65_HS1-834228961_62-HQ-83894_Section_4
Agency: FBI
Page 159
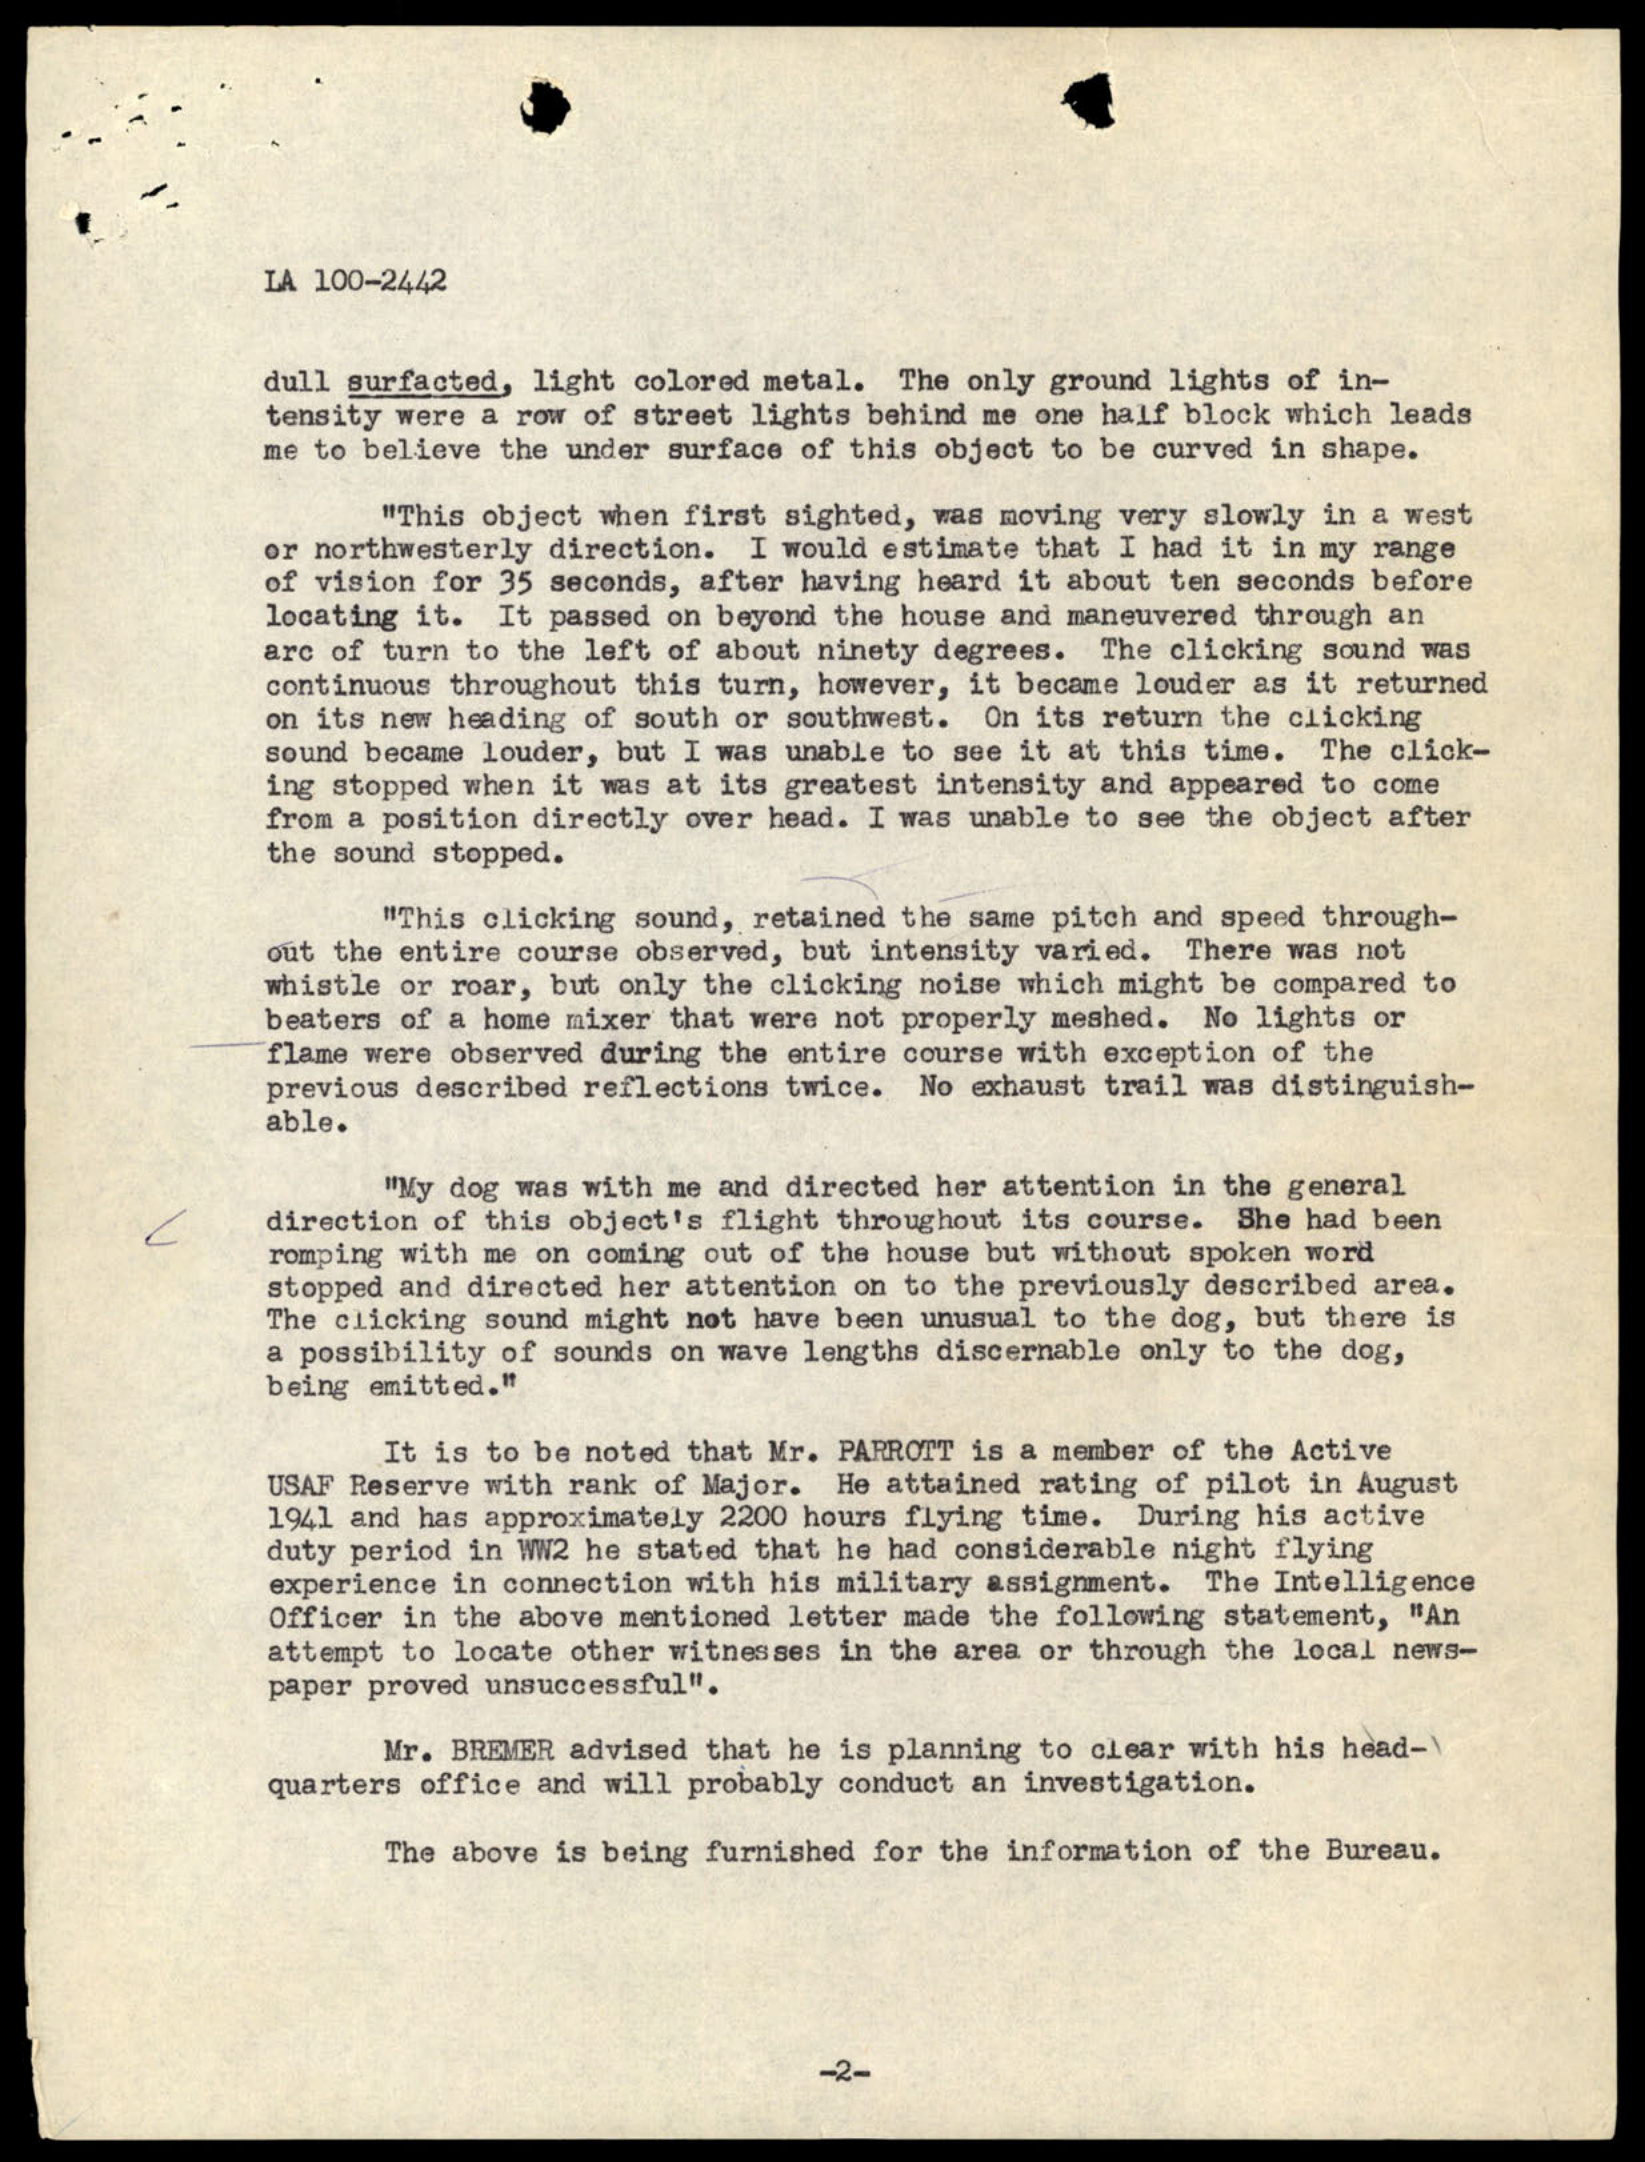